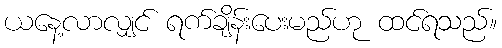
ယနေ့လာလျှင် ရက်ချိန်းပေးမည်ဟု ထင်ရသည်။